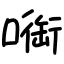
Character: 㗸